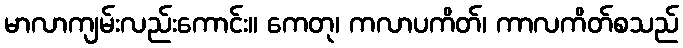
မာလာကျမ်းလည်းကောင်း။ ကေတု၊ ကလာပကိတ်၊ ကာလကိတ်စသည်